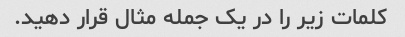
کلمات زیر را در یک جمله مثال قرار دهید.